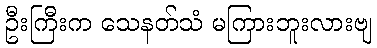
ဦးကြီးက သေနတ်သံ မကြားဘူးလားဗျ